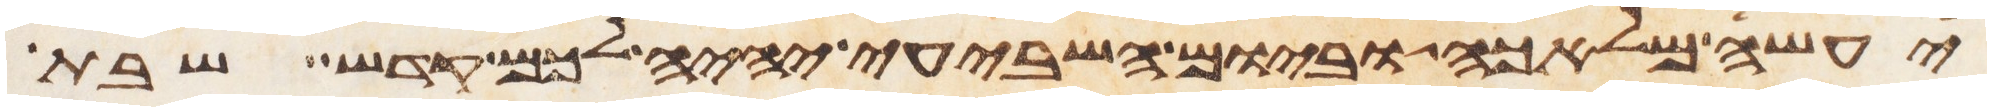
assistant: יעשה מלאכה וביום השביעי יהיה לכם קדש שבת